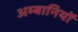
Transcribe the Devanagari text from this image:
अम्बानियों